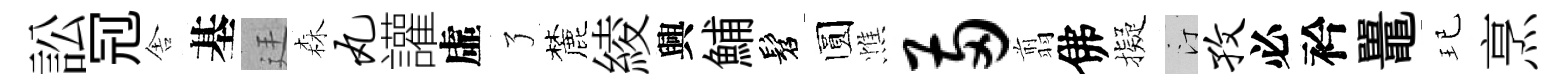
訟𠜍舎基廷森丸讙虛了麓綾興鯆髫圆憔两翦佛擬汀孜必衿鼉玘烹